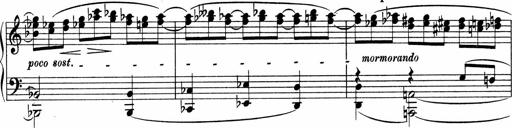
Title: Sonatina No.4
Composer: Abram Kimmell
Key: E minor